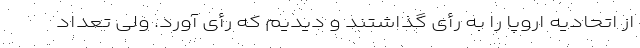
از اتحادیه اروپا را به رأى گذاشتند و دیدیم که رأى آورد. ولی تعداد